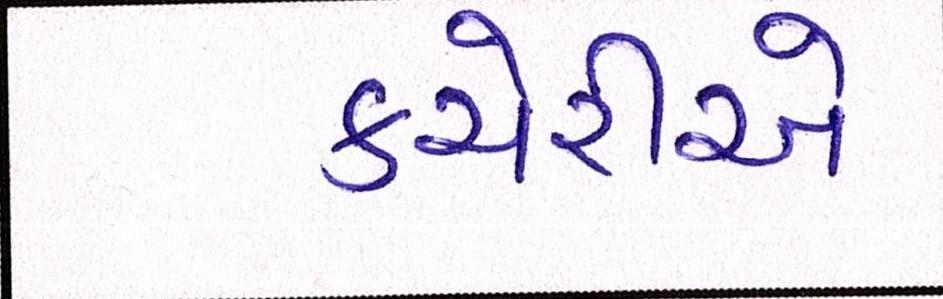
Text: કચેરીએ